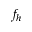
f _ { h }